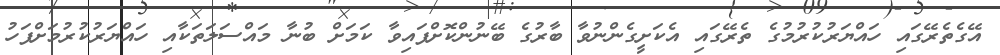
އޭގެތެރޭގައި ހައްޔަރުކުރުމުގެ ތެރޭގައި އެކަށީގެންނުވާ ބާރުގެ ބޭނުންކޮށްފައިވާ ކަމަށް ބުނާ މައްސަލަތަކާއި ހައްޔަރުކުރުމަށްފަހު